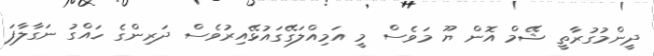
ދީންމުގުރާތީ ޝޭމް އޮން ޔޫ މަވެސް މީ އަމިއްލަގޭގައުޅޭއިރުވެސް ދަރިންގެ ހައްގު ނަގާލާފަ